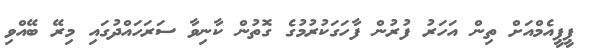
ޕީޕީއެމްއަށް ތިން އަހަރު ފުރުން ފާހަގަކުރުމުގެ ގޮތުން ކާނިވާ ސަރަހައްދުގައި މިރޭ ބޭއްވި